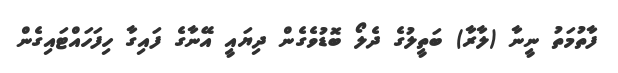
ފާތުމަތު ނީނާ (ލާރާ) ބަތީލުގެ ދެލޯ ބޮޑުވެގެން ދިޔައީ އޭނާގެ ފައިގާ ހިފަހައްޓައިގެން